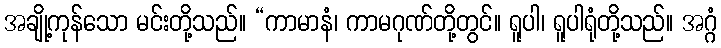
အချို့ကုန်သော မင်းတို့သည်။ “ကာမာနံ၊ ကာမဂုဏ်တို့တွင်။ ရူပါ၊ ရူပါရုံတို့သည်။ အဂ္ဂံ